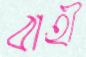
বাহী